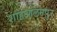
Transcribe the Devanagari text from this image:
शाहआलमपुर